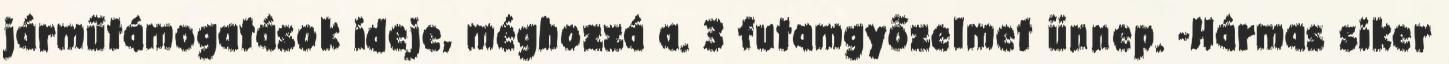
járműtámogatások ideje, méghozzá a. 3 futamgyőzelmet ünnep. -Hármas siker